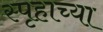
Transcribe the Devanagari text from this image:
स्पृहाच्या